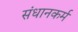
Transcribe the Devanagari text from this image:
संधानकर्म